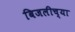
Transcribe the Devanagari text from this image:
बिजलीच्या